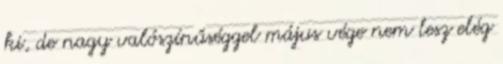
ki, de nagy valószínűséggel május vége nem lesz elég